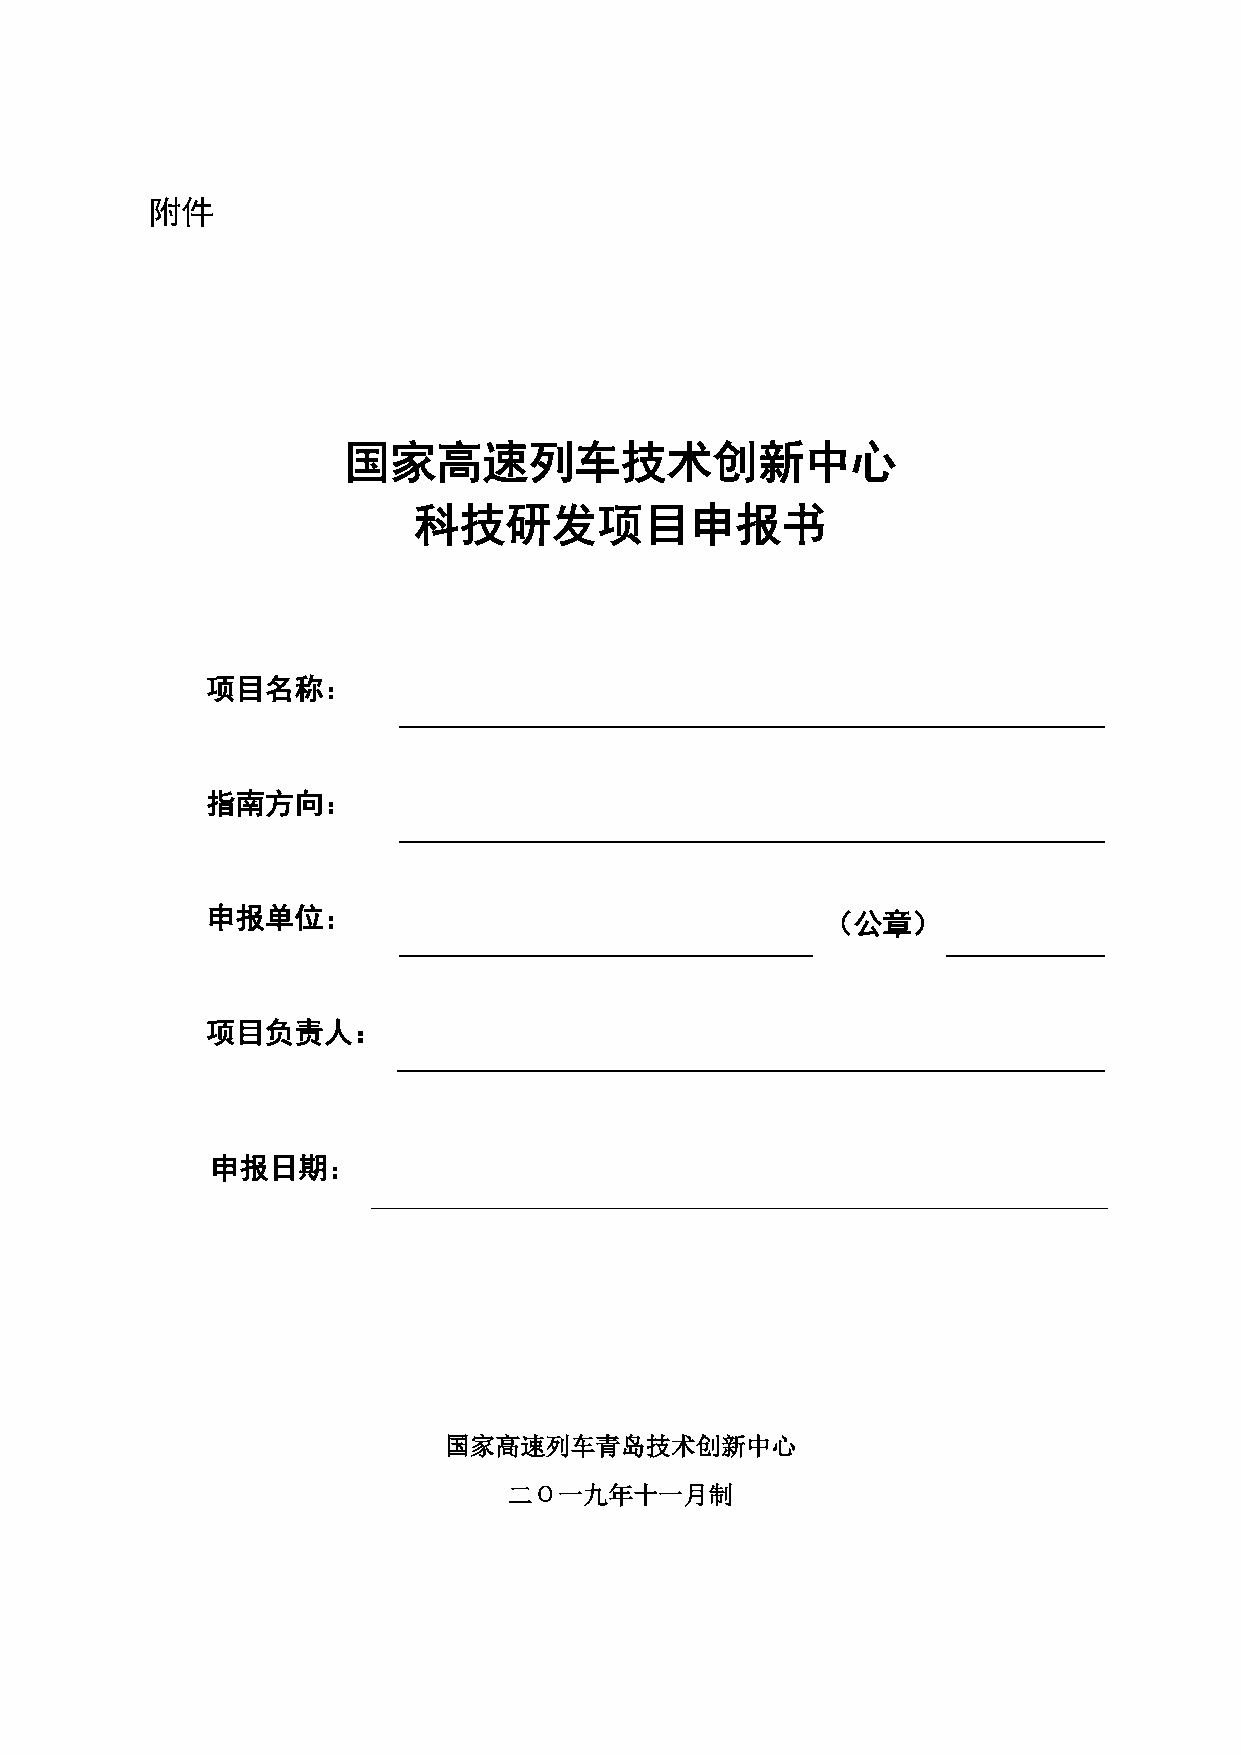
附件
 国家高速列车技术创新中心
 科技研发项目申报书
 项目名称：
 指南方向：
 申报单位：                                    （公章）
 项目负责人：
 申报日期：
 国家高速列车青岛技术创新中心
 二Ο一九年十一月制